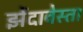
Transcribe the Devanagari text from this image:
झेंदावेस्ता